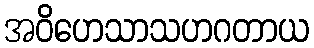
အဝိဟေသာသဟဂတာယ